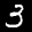
Label: 3